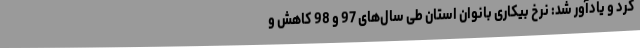
کرد و یادآور شد: نرخ بیکاری بانوان استان طی سال‌های 97 و 98 کاهش و